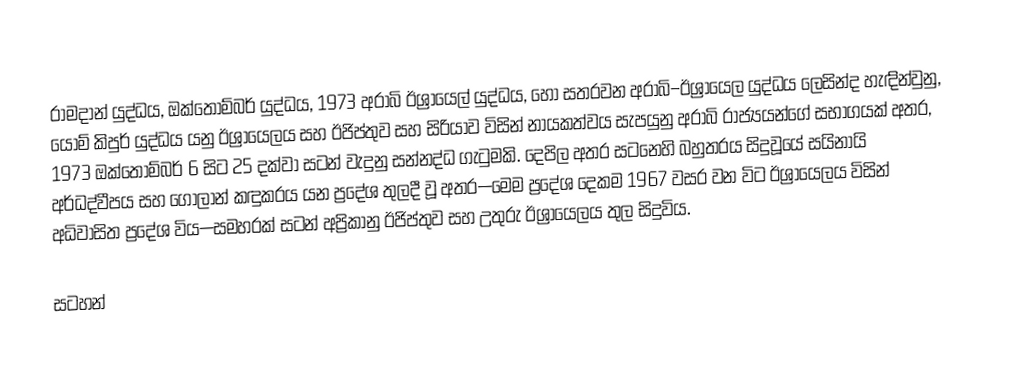
රාමදාන් යුද්ධය, ඔක්තොම්බර් යුද්ධය, 1973 අරාබි ඊශ්‍රායෙල් යුද්ධය, හෝ සතරවන අරාබි–ඊශ්‍රායෙල යුද්ධය ලෙසින්ද හැඳින්වුනු, යොම් කිපුර් යුද්ධය යනු ඊශ්‍රායෙලය සහ ඊජිප්තුව සහ සිරියාව විසින් නායකත්වය සැපයුනු අරාබි රාජ්‍යයන්ගේ සභාගයක් අතර, 1973 ඔක්තොම්බර් 6 සිට 25 දක්වා සටන් වැදුනු සන්නද්ධ ගැටුමකි. දෙපිල අතර සටනෙහි බහුතරය සිදුවූයේ සයිනායි අර්ධද්වීපය සහ ගෝලාන් කඳුකරය යන ප්‍රදේශ තුලදී වූ අතර—මෙම ප්‍රදේශ දෙකම  1967 වසර වන විට ඊශ්‍රායෙලය විසින් අධිවාසිත ප්‍රදේශ විය—සමහරක් සටන් අප්‍රිකානු ඊජිප්තුව සහ උතුරු ඊශ්‍රායෙලය තුල සිදුවිය.

සටහන්